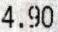
4.90